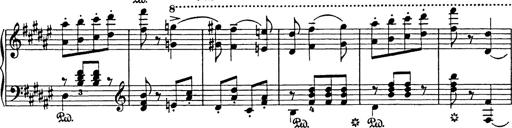
Title: Hungarian Rhapsody No.18
Composer: Franz Liszt
Key: F-sharp minor